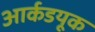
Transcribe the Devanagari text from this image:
आर्कडयूक